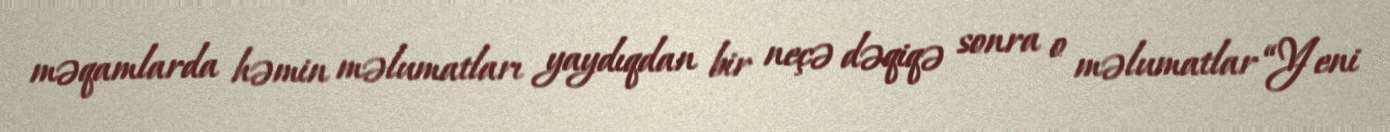
məqamlarda həmin məlumatları yaydıqdan bir neçə dəqiqə sonra o məlumatlar “Yeni